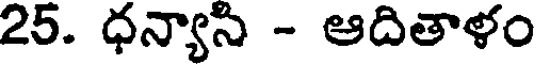
25. ధన్యాసి - ఆదితాళం